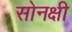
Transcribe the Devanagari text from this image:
सोनक्षी